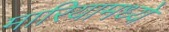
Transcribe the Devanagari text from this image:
मारियामध्ये